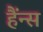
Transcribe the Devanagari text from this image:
हैंन्स